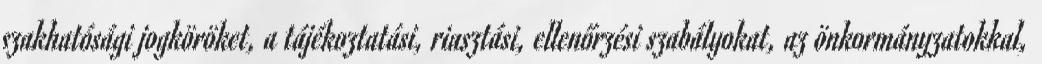
szakhatósági jogköröket, a tájékoztatási, riasztási, ellenőrzési szabályokat, az önkormányzatokkal,